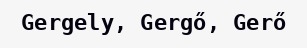
Gergely, Gergő, Gerő